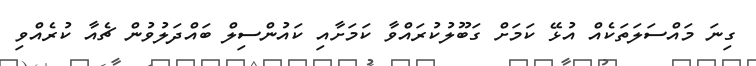
ގިނަ މައްސަލަތަކެއް އުޅޭ ކަމަށް ގަބޫލުކުރައްވާ ކަމަށާއި ކައުންސިލް ބައްދަލުވުން ޗެއާ ކުރެއްވި